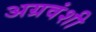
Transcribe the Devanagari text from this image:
अग्रवंशी